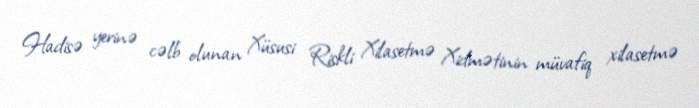
Hadisə yerinə cəlb olunan Xüsusi Riskli Xilasetmə Xidmətinin müvafiq xilasetmə